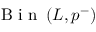
\mathrm { ~ B ~ i ~ n ~ } \left( L , p ^ { - } \right)